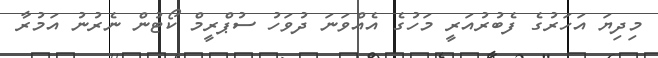
މިދިޔަ އަހަރުގެ ފެބުރުއަރީ މަހުގެ އެއްވަނަ ދުވަހު ސުޕްރީމް ކޯޓުން ނެރުނު އަމުރާ